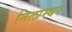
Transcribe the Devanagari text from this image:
निलाम्बर